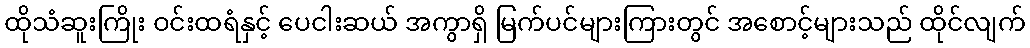
ထိုသံဆူးကြိုး ဝင်းထရံနှင့် ပေငါးဆယ် အကွာရှိ မြက်ပင်များကြားတွင် အစောင့်များသည် ထိုင်လျက်